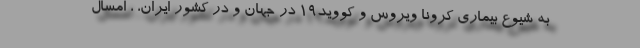
به شیوع بیماری کرونا ویروس و کووید۱۹ در جهان و در کشور ایران، ، امسال